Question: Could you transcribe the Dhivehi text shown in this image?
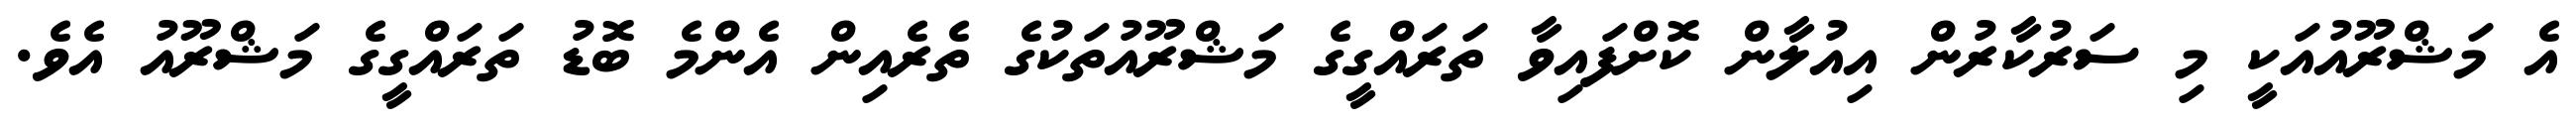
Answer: އެ މަޝްރޫއުއަކީ މި ސަރުކާރުން އިއުލާން ކޮށްފައިވާ ތަރައްގީގެ މަޝްރޫއުތަކުގެ ތެރެއިން އެންމެ ބޮޑު ތަރައްގީގެ މަޝްރޫއު އެވެ.